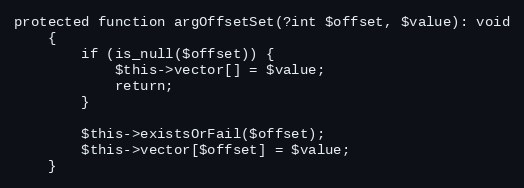
Language: PHP
protected function argOffsetSet(?int $offset, $value): void
    {
        if (is_null($offset)) {
            $this->vector[] = $value;
            return;
        }

        $this->existsOrFail($offset);
        $this->vector[$offset] = $value;
    }